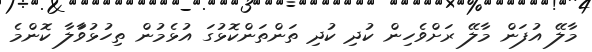
މާލޭ އުފަން މާލޭ ރަށްވެހިން ކުދި ކުދި ތަންތަންކޮޅުގަ އުޅެމުން ތިހުޅުވާަލާ ކޮންމެ